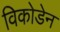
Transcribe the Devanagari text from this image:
विकोडेन